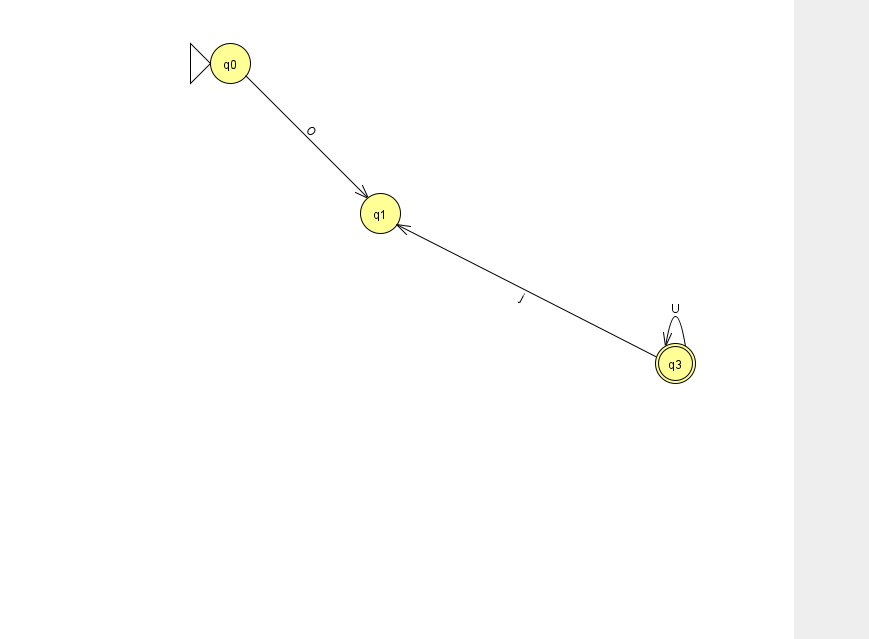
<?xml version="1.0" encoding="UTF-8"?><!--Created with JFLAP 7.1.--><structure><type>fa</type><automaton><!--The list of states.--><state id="0" name="q0"><x>230.0</x><y>50.0</y><initial/></state><state id="1" name="q1"><x>380.0</x><y>200.0</y></state><state id="3" name="q3"><x>675.0</x><y>350.0</y><final/></state><!--The list of transitions.--><transition><from>0</from><to>1</to><read>O</read></transition><transition><from>3</from><to>3</to><read>U</read></transition><transition><from>3</from><to>1</to><read>j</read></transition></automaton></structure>